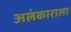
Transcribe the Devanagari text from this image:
अलंकाराला